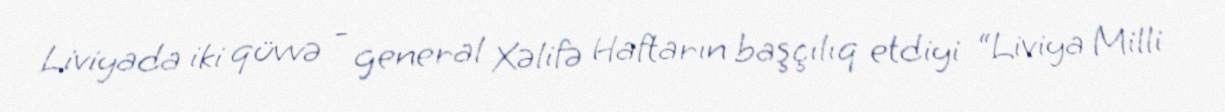
Liviyada iki qüvvə - general Xəlifə Haftarın başçılıq etdiyi “Liviya Milli